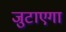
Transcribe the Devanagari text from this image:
जुटाएगा